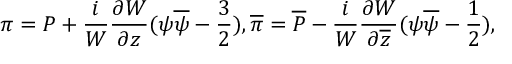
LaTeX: \pi = { \cal P } + \frac { i } { W } \frac { \partial W } { \partial z } ( \psi \overline { { { \psi } } } - \frac { 3 } { 2 } ) , \overline { { { \pi } } } = \overline { { { { \cal P } } } } - \frac { i } { W } \frac { \partial W } { \partial \overline { { { z } } } } ( \psi \overline { { { \psi } } } - \frac { 1 } { 2 } ) ,